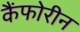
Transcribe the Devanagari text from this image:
कैंफोरीन